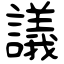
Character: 議